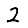
Digit: 2